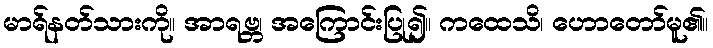
မာရ်နတ်သားကို။ အာရဗ္ဘ၊ အကြောင်းပြု၍။ ကထေသိ၊ ဟောတော်မူ၏။